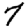
Digit: 7